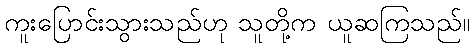
ကူးပြောင်းသွားသည်ဟု သူတို့က ယူဆကြသည်။